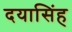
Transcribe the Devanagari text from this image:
दयासिंह